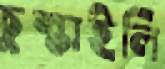
চুল্‌কাইলি